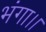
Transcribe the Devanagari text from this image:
भंगा।।